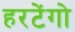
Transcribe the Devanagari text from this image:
हरटेंगो